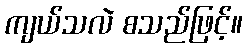
ကျယ်သလဲ စသည်ဖြင့်။